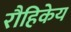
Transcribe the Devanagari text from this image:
रौहिकेय